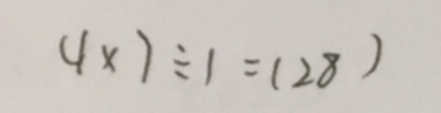
4 \times 7 \div 1 = ( 2 8 )